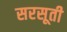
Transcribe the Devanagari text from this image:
सरसूती